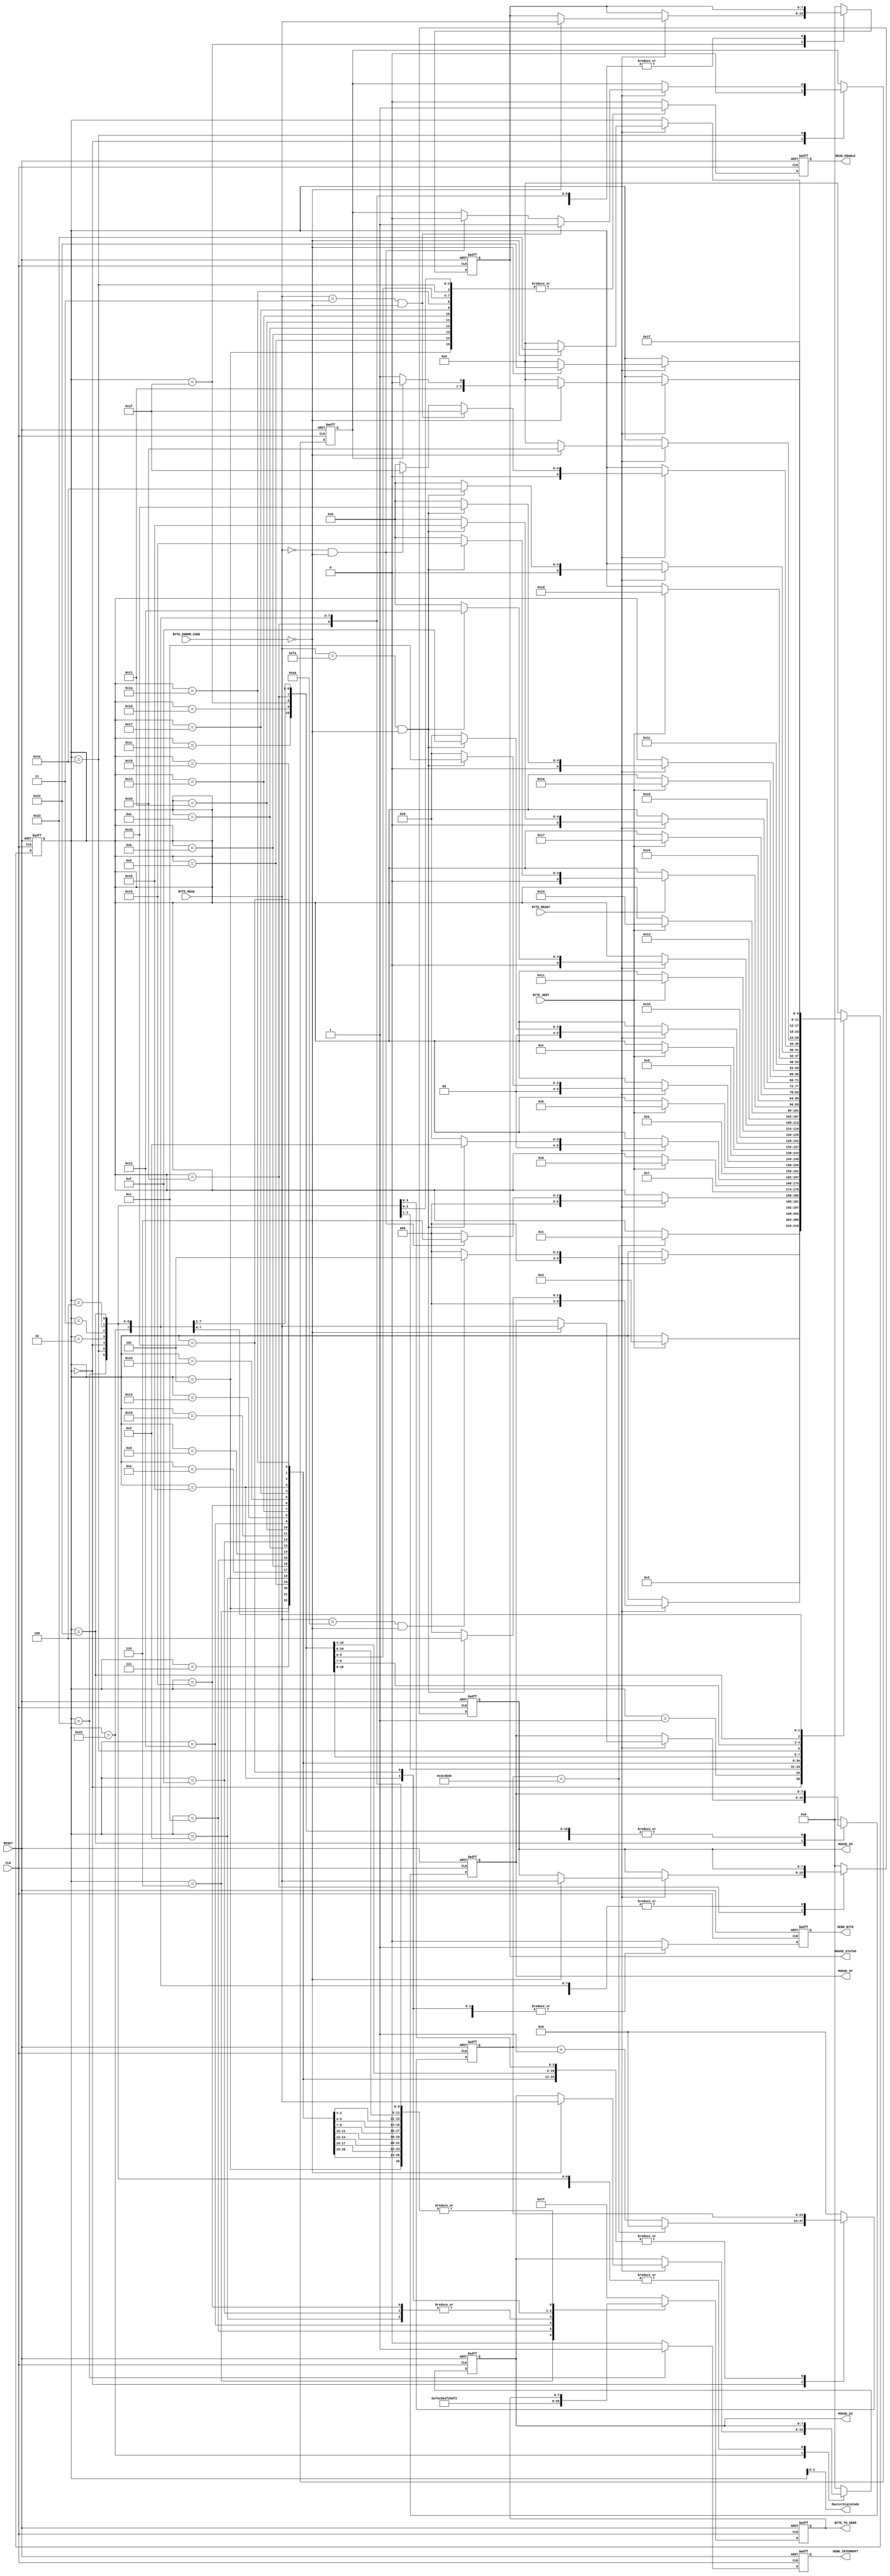
`timescale 1ns / 1ps
//////////////////////////////////////////////////////////////////////////////////
// Company: The University of Edinburgh
// 
// Design Name: Processor
// Module Name: MouseMasterSM 
// Project Name: DSL
// Target Devices: Artix-7
// Tool Versions: Vivado 2015
// Description: 
//      Mouse master state machine.
//      Interracts with mouse transmitter and mouse receiver modules.
//      Initialise a mouse with Intellimouse mode.
//      Reactive receiving information from mouse.
//      Raises an interrupt flag on bytes received.
// Dependencies: 
//
// Revision: 
// Revision 0.01 - File Created
// Additional Comments:
//
//////////////////////////////////////////////////////////////////////////////////


module MouseMasterSM (
    // Standard Inputs
    input CLK,
    input RESET,
    // Transmitter Control
    output SEND_BYTE,
    output [7:0] BYTE_TO_SEND,
    input BYTE_SENT,
    // Receiver Control
    output READ_ENABLE,
    input [7:0] BYTE_READ,
    input [1:0] BYTE_ERROR_CODE,
    input BYTE_READY,
    // Data Registers
    output [7:0] MOUSE_DX,
    output [7:0] MOUSE_DY,
    output [7:0] MOUSE_DZ,
    output [7:0] MOUSE_STATUS,
    output SEND_INTERRUPT,
    // Internal Signals
    output [3:0] MasterStateCode
);
//////////////////////////////////////////////////////////////////////////////////
//
// Main state machine
//
// Setup sequence
// SU1) Send FF -- Reset
// SU2) Read FA -- Mouse acknowledge
// SU3) Read AA -- Self-test pass
// SU4) Read 00 -- Mouse ID
// SU5) Send F4 -- Start transmitting 
// SU6) Read FA -- Mouse acknowledge (F4 in this case, parity check skipped)
// Any error during this sequence, goto SU1
//
// Setup sequence finished, flag read enable
// Host read mouse information 3 bytes at a time
// S1) Wait for first read. Save to Status upon arrival. Goto S2.
// S2) Wait for second read. Save to DX upon arrival. Goto S3.
// S3) Wait for third read. Save to DY upon arrival. Goto S1.
// Send interrupt
// Any error during this sequence, restart initiallisation
//
//////////////////////////////////////////////////////////////////////////////////
	
    // State Control
    reg [5:0] curr_state, next_state;
    reg [23:0] curr_ctr, next_ctr;

    // Transmitter Control
    reg curr_sendByte, next_sendByte;
    reg [7:0] curr_byteToSend, next_byteToSend;

    //Receiver Control
    reg curr_readEnable, next_readEnable;

    //Data Registers
    reg [7:0] curr_status, next_status;
    reg [7:0] curr_DX, next_DX;
    reg [7:0] curr_DY, next_DY;
    reg [7:0] curr_DZ, next_DZ;
    reg curr_sendInterrupt, next_sendInterrupt;
    reg curr_intelliMode, next_intelliMode;


    // Sequential
    always @(posedge CLK or posedge RESET) begin
        if (RESET) begin
            curr_state <= 4'h0;
            curr_ctr <= 0;
            curr_sendByte <= 1'b0;
            curr_byteToSend <= 8'h00;
            curr_readEnable <= 1'b0;
            curr_status <= 8'h00;
            curr_DX <= 8'h00;
            curr_DY <= 8'h00;
            curr_DZ <= 8'h00;
            curr_sendInterrupt <= 1'b0;
            curr_intelliMode <= 1'b0;
        end
        else begin
            curr_state <= next_state;
            curr_ctr <= next_ctr;
            curr_sendByte <= next_sendByte;
            curr_byteToSend <= next_byteToSend;
            curr_readEnable <= next_readEnable;
            curr_status <= next_status;
            curr_DX <= next_DX;
            curr_DY <= next_DY;
            curr_DZ <= next_DZ;
            curr_sendInterrupt <= next_sendInterrupt;
            curr_intelliMode <= next_intelliMode;
        end
    end


    // Combinational
    always @(*) begin
        next_state = curr_state;
        next_ctr = curr_ctr;
        next_sendByte = 1'b0;
        next_byteToSend = curr_byteToSend;
        next_readEnable = 1'b0;
        next_status = curr_status;
        next_DX = curr_DX;
        next_DY = curr_DY;
        next_DZ = curr_DZ;
        next_sendInterrupt = 1'b0;
        next_intelliMode = curr_intelliMode;
        
        case (curr_state)
        // Initialise State - Wait here for 10ms before trying to initialise the mouse.
            0 : begin
                if (curr_ctr == 5000000) begin
                    next_state = 1;
                    next_ctr = 0;
                end 
                else begin
                    next_ctr = curr_ctr + 1;
                end
                next_intelliMode = 1'b0;
            end

        // Start initialisation by sending FF
            1 : begin
                next_state = 2;
                next_sendByte = 1'b1;
                next_byteToSend = 8'hFF;
            end
            // Wait for confirmation of the byte being sent
            2 : begin
                if (BYTE_SENT) begin
                    next_state = 3;
                end
            end
            // Wait for confirmation of a byte being received
            // If the byte is FA goto next state, else re-initialise.
            3 : begin // SU2
                if (BYTE_READY) begin
                    if ((BYTE_READ == 8'hFA) & (BYTE_ERROR_CODE == 2'b00)) begin
                        next_state = 4;
                    end
                    else begin
                        next_state = 0;
                    end
                end
                next_readEnable = 1'b1;
            end

        // Wait for self-test pass confirmation
            // If the byte received is AA goto next state, else re-initialise
            4 : begin // SU3
                if (BYTE_READY) begin
                    if ((BYTE_READ == 8'hAA) & (BYTE_ERROR_CODE == 2'b00)) begin
                        next_state = 5;
                    end
                    else begin
                        next_state = 0;
                    end
                end
                next_readEnable = 1'b1;
            end

        // Wait for confirmation of a byte being received
            // If the byte is 00 goto next state (MOUSE ID) else re-initialise
            5 : begin // SU4
                if (BYTE_READY) begin
                    if ((BYTE_READ == 8'h00) & (BYTE_ERROR_CODE == 2'b00)) begin
                        next_state = 6;
                    end
                    else begin
                        next_state = 0;
                    end
                end
                next_readEnable = 1'b1;
            end

        // Send F4 - to start mouse transmit
            6 : begin // SU5
                next_state = 7;
                next_sendByte = 1'b1;
                next_byteToSend = 8'hF4;
            end
            7 : begin
                if (BYTE_SENT) begin
                    next_state = 8;
                end
            end
            8 : begin // SU6
                if (BYTE_READY) begin
                    if ((BYTE_READ == 8'hFA) & (BYTE_ERROR_CODE == 2'b00)) begin
                        next_state = 9;
                    end
                    else begin
                        next_state = 0;
                    end
                end
                next_readEnable = 1'b1;
            end

        // Enable intellimouse mode by sending set sample rate command with 200, 100 and 80
        // Set sample rate
            9 : begin
                next_state = 10;
                next_sendByte = 1'b1;
                next_byteToSend = 8'hF3;
            end
            10 : begin
                if (BYTE_SENT) begin
                    next_state = 11;
                end
            end
            11 : begin
                if (BYTE_READY) begin
                    if ((BYTE_READ == 8'hFA) & (BYTE_ERROR_CODE == 2'b00)) begin
                        next_state = 12;
                    end
                    else begin
                        next_state = 0;
                    end
                end
                next_readEnable = 1'b1;
            end

        // Sample rate value 200
            12 : begin
                next_state = 13;
                next_sendByte = 1'b1;
                next_byteToSend = 8'hC8;
            end
            13 : begin
                if (BYTE_SENT) begin
                    next_state = 14;
                end
            end
            14 : begin
                if (BYTE_READY) begin
                    if ((BYTE_READ == 8'hFA) & (BYTE_ERROR_CODE == 2'b00)) begin
                        next_state = 15;
                    end
                    else begin
                        next_state = 0;
                    end
                end
                next_readEnable = 1'b1;
            end

        // Set sample rate
            15 : begin
                next_state = 16;
                next_sendByte = 1'b1;
                next_byteToSend = 8'hF3;
            end
            16 : begin
                if (BYTE_SENT) begin
                    next_state = 17;
                end
            end
            17 : begin
                if (BYTE_READY) begin
                    if ((BYTE_READ == 8'hFA) & (BYTE_ERROR_CODE == 2'b00)) begin
                        next_state = 18;
                    end
                    else begin
                        next_state = 0;
                    end
                end
                next_readEnable = 1'b1;
            end

        // Sample rate vaue 100
            18 : begin
                next_state = 19;
                next_sendByte = 1'b1;
                next_byteToSend = 8'h64;
            end
            19 : begin
                if (BYTE_SENT) begin
                    next_state = 20;
                end
            end
            20 : begin
                if (BYTE_READY) begin
                    if ((BYTE_READ == 8'hFA) & (BYTE_ERROR_CODE == 2'b00)) begin
                        next_state = 21;
                    end
                    else begin
                        next_state = 0;
                    end
                end
                next_readEnable = 1'b1;
            end

        // Set sample rate
            21 : begin
                next_state = 22;
                next_sendByte = 1'b1;
                next_byteToSend = 8'hF3;
            end
            22 : begin
                if (BYTE_SENT) begin
                    next_state = 23;
                end
            end
            23 : begin
                if (BYTE_READY) begin
                    if ((BYTE_READ == 8'hFA) & (BYTE_ERROR_CODE == 2'b00)) begin
                        next_state = 24;
                    end
                    else begin
                        next_state = 0;
                    end
                end
                next_readEnable = 1'b1;
            end

        // Sample rate value 80
            24 : begin
                next_state = 25;
                next_sendByte = 1'b1;
                next_byteToSend = 8'h50;
            end
            25 : begin
                if (BYTE_SENT) begin
                    next_state = 26;
                end
            end
            26 : begin
                if (BYTE_READY) begin
                    if ((BYTE_READ == 8'hFA) & (BYTE_ERROR_CODE == 2'b00)) begin
                        next_state = 27;
                    end
                    else begin
                        next_state = 0;
                    end
                end
                next_readEnable = 1'b1;
            end

        // Request ID
            27 : begin
                next_state = 28;
                next_sendByte = 1'b1;
                next_byteToSend = 8'hF2;
            end
            28 : begin
                if (BYTE_SENT) begin
                    next_state = 29;
                end
            end
            29 : begin
                if (BYTE_READY) begin
                    if ((BYTE_READ == 8'hFA) & (BYTE_ERROR_CODE == 2'b00)) begin
                        next_state = 30;
                    end
                    else begin
                        next_state = 0;
                    end
                end
                next_readEnable = 1'b1;
            end

        // Read ID
            30 : begin
                if (BYTE_READY) begin
                    if ((BYTE_READ == 8'h03) & (BYTE_ERROR_CODE == 2'b00)) begin
                        next_state = 31;
                        next_intelliMode = 1'b1;
                    end	
                    else if ((BYTE_READ == 8'h00) & (BYTE_ERROR_CODE == 2'b00)) begin
                        next_state = 31;
                        next_intelliMode = 1'b0;
                    end
                    else begin
                        next_state = 0;
                    end
                end
                next_readEnable = 1'b1;
            end


        // Reading
            31 : begin
                if (BYTE_READY) begin
                    if (BYTE_ERROR_CODE == 2'b00) begin
                        next_state = 32;
                        next_status = BYTE_READ;
                    end
                    else begin
                        next_state = 0;
                    end
                end
                next_readEnable = 1'b1;
            end
            32 : begin
                if (BYTE_READY) begin
                    if (BYTE_ERROR_CODE == 2'b00) begin
                        next_state = 33;
                        next_DX = BYTE_READ;
                    end
                    else begin
                        next_state = 0;
                    end
                end
                next_readEnable = 1'b1;
            end
            33 : begin
                if (BYTE_READY) begin
                    if (BYTE_ERROR_CODE == 2'b00) begin
                        if (curr_intelliMode) begin // whether to wait for the fourth byte
                            next_state = 34;
                        end
                        else begin
                            next_state = 35;
                        end
                        next_DY = BYTE_READ;
                    end
                    else begin
                        next_state = 0;
                    end
                end
                next_readEnable = 1'b1;
            end
            34 : begin // fourth byte
                if (BYTE_READY) begin
                    if (BYTE_ERROR_CODE == 2'b00) begin
                        next_state = 35;
                        next_DZ = BYTE_READ;
                    end
                    else begin
                        next_state = 0;
                    end
                end
                next_readEnable = 1'b1;
            end
            35 : begin
                next_state = 31;
                next_sendInterrupt = 1'b1;
            end
            default : begin
                next_state = 0;
                next_ctr = 0;
                next_sendByte = 1'b0;
                next_byteToSend = 8'hFF;
                next_readEnable = 1'b0;
                next_status = 8'h00;
                next_DX = 8'h00;
                next_DY = 8'h00;
                next_DZ = 8'h00;
                next_sendInterrupt = 1'b0;
            end
        endcase
    end


    // Transmitter
    assign SEND_BYTE = curr_sendByte;
    assign BYTE_TO_SEND = curr_byteToSend;

    // Receiver
    assign READ_ENABLE = curr_readEnable;

    // Output mouse data
    assign MOUSE_DX = curr_DX;
    assign MOUSE_DY = curr_DY;
    assign MOUSE_DZ = curr_DZ;
    assign MOUSE_STATUS = curr_status;
    assign SEND_INTERRUPT = curr_sendInterrupt;
    assign MasterStateCode = curr_state;

endmodule